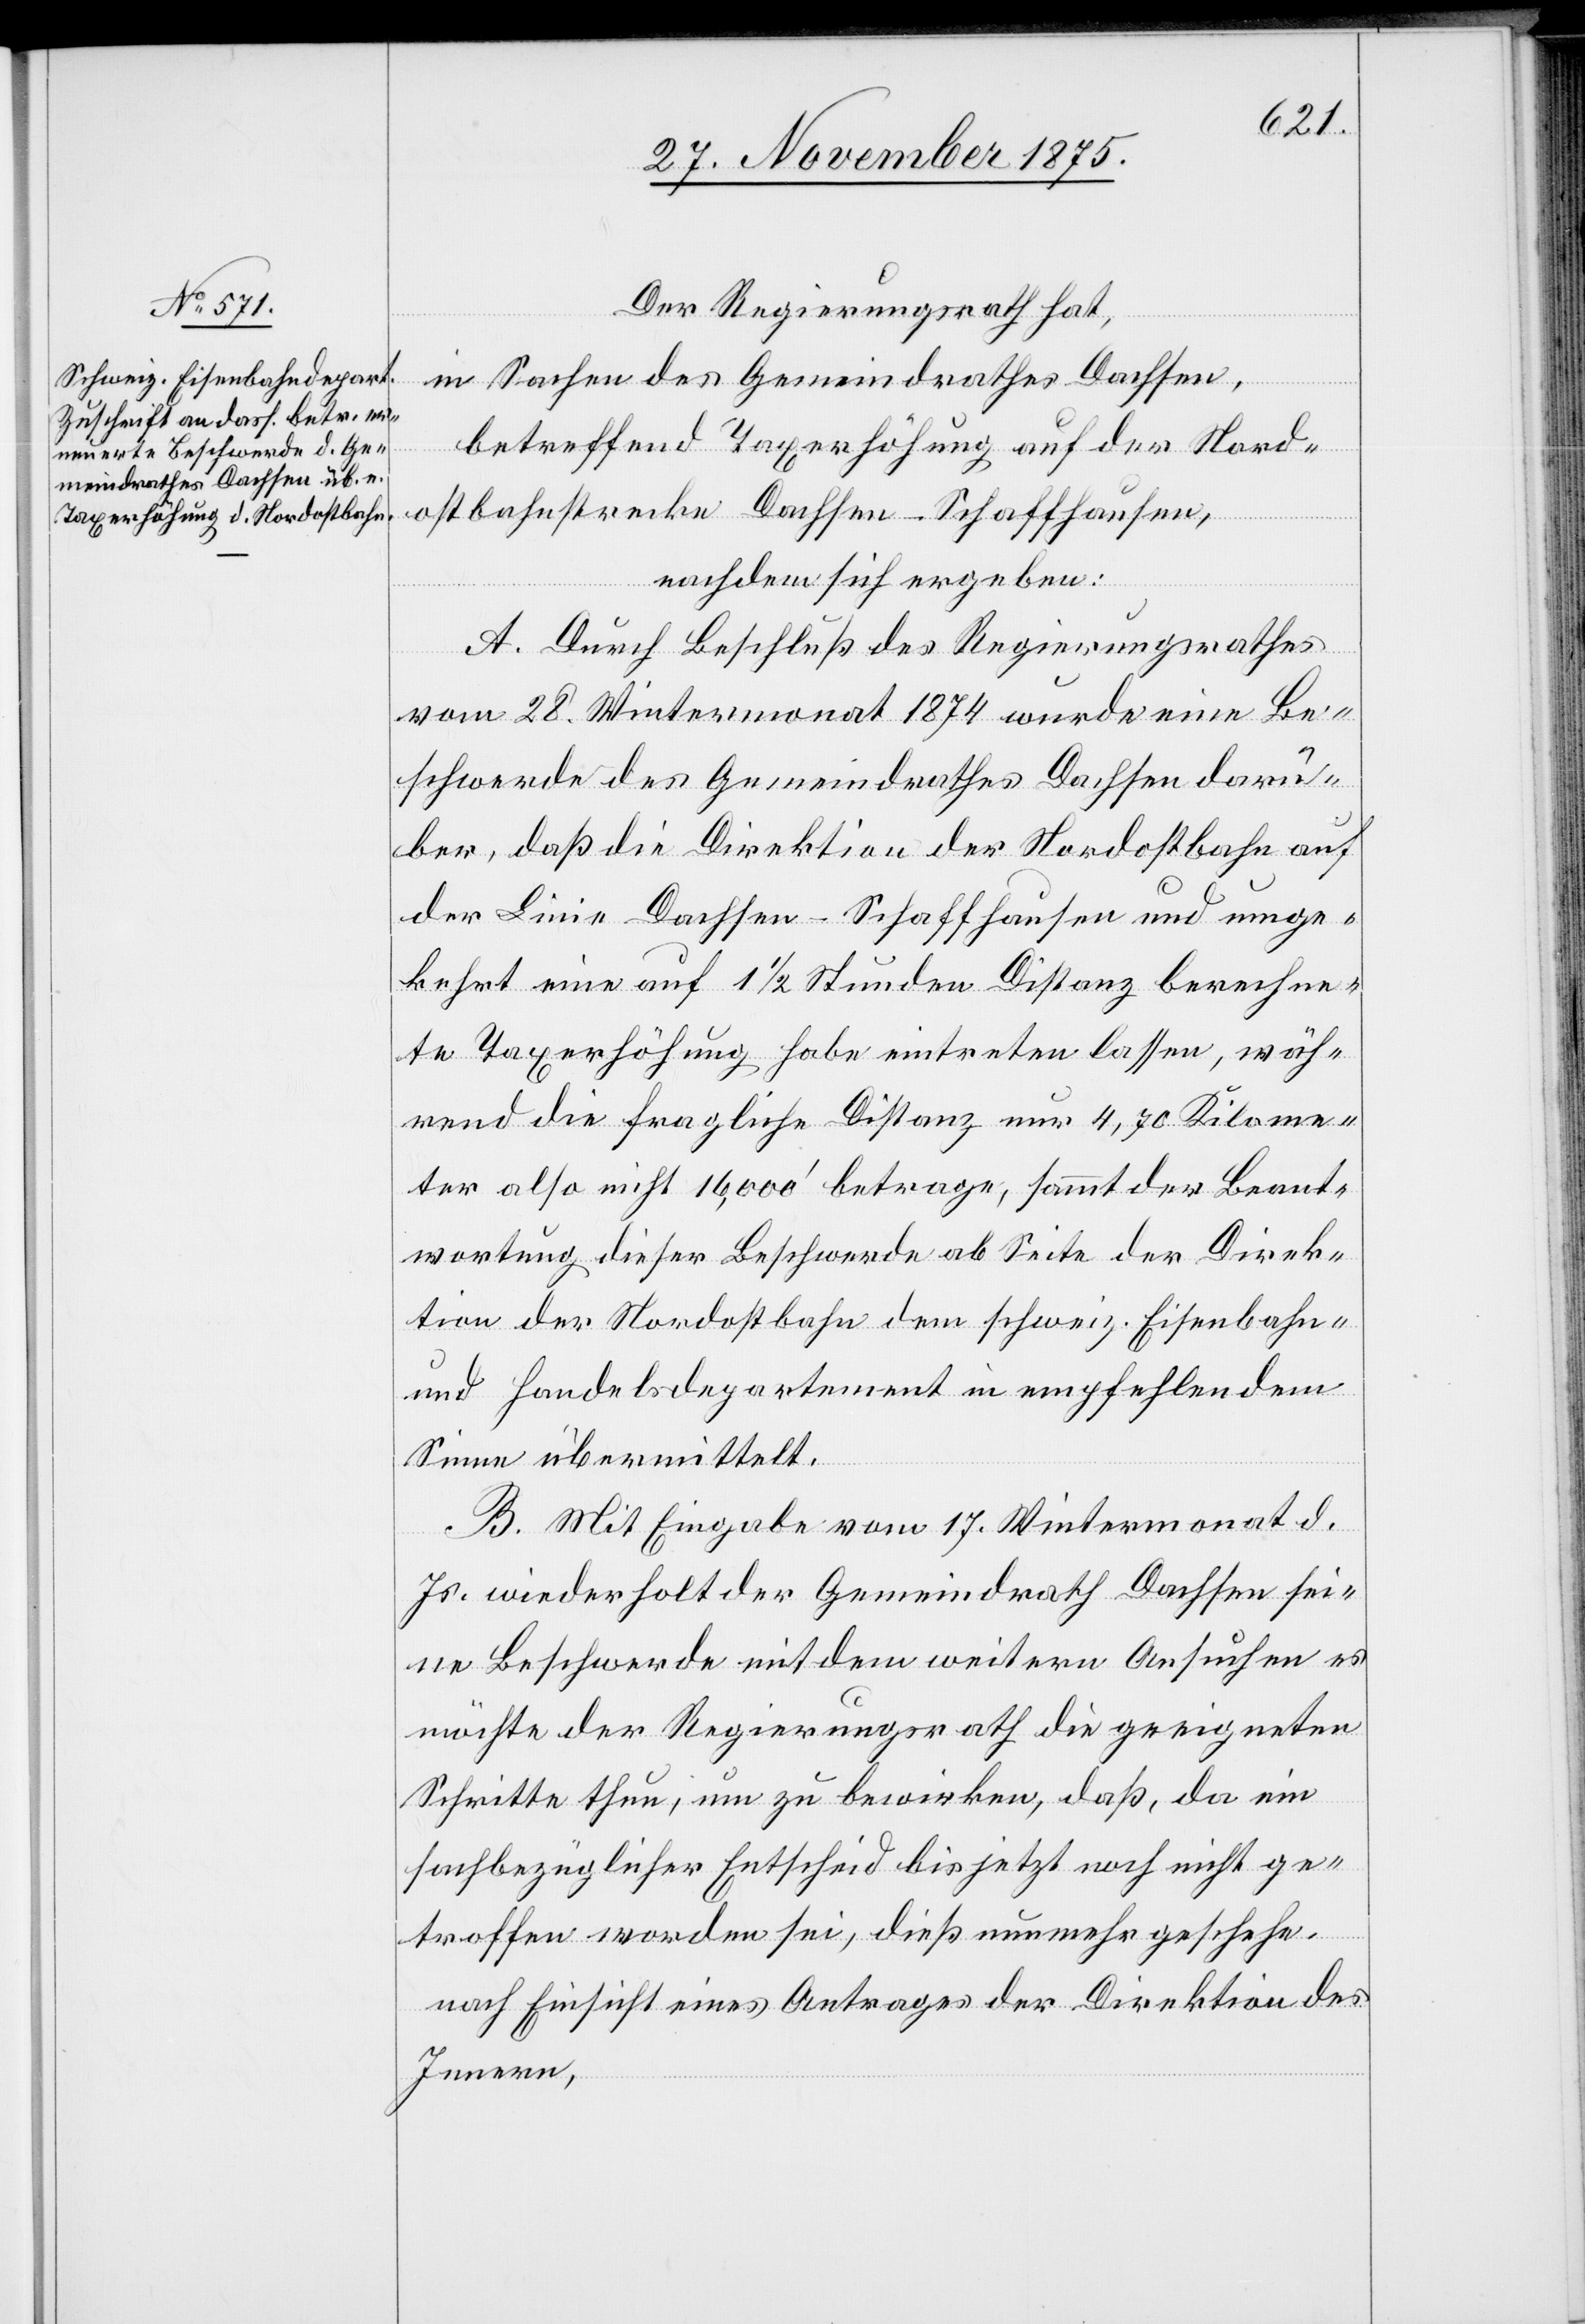
Der Regierungsrath hat,
in Sachen des Gemeindrathes Dachsen,
betreffend Taxerhöhung auf der Nord¬
ostbahnstrecke Dachsen–Schaffhausen,
nachdem sich ergeben:
A. Durch Beschluß des Regierungsrathes
vom 28. Wintermonat 1874 wurde eine Be¬
schwerde des Gemeindrathes Dachsen darü¬
ber, daß die Direktion der Nordostbahn auf
der Linie Dachsen–Schaffhausen und umge¬
kehrt eine auf 1 1/2 Stunden Distanz berechne¬
te Taxerhöhung habe eintreten lassen, wäh¬
rend die fragliche Distanz nur 4,70 Kilome¬
ter also nicht 16,000‘ betrage, sammt der Beant¬
wortung dieser Beschwerde ab Seite der Direk¬
tion der Nordostbahn dem schweiz. Eisenbahn-
und Handelsdepartement in empfehlendem
Sinne übermittelt.
B. Mit Eingabe vom 17. Wintermonat d.
Js. wiederholt der Gemeindrath Dachsen sei¬
ne Beschwerde mit dem weitern Ansuchen es
möchte der Regierungsrath die geeigneten
Schritte thun, um zu bewirken, daß, da ein
sachbezüglicher Entscheid bis jetzt noch nicht ge¬
troffen worden sei, dieß nunmehr geschehe,
nach Einsicht eines Antrages der Direktion des
Innern,